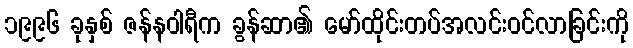
၁၉၉၆ ခုနှစ် ဇန်နဝါရီက ခွန်ဆာ၏ မော်ထိုင်းတပ်အလင်းဝင်လာခြင်းကို